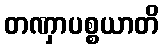
တဏှာပစ္စယာတိ